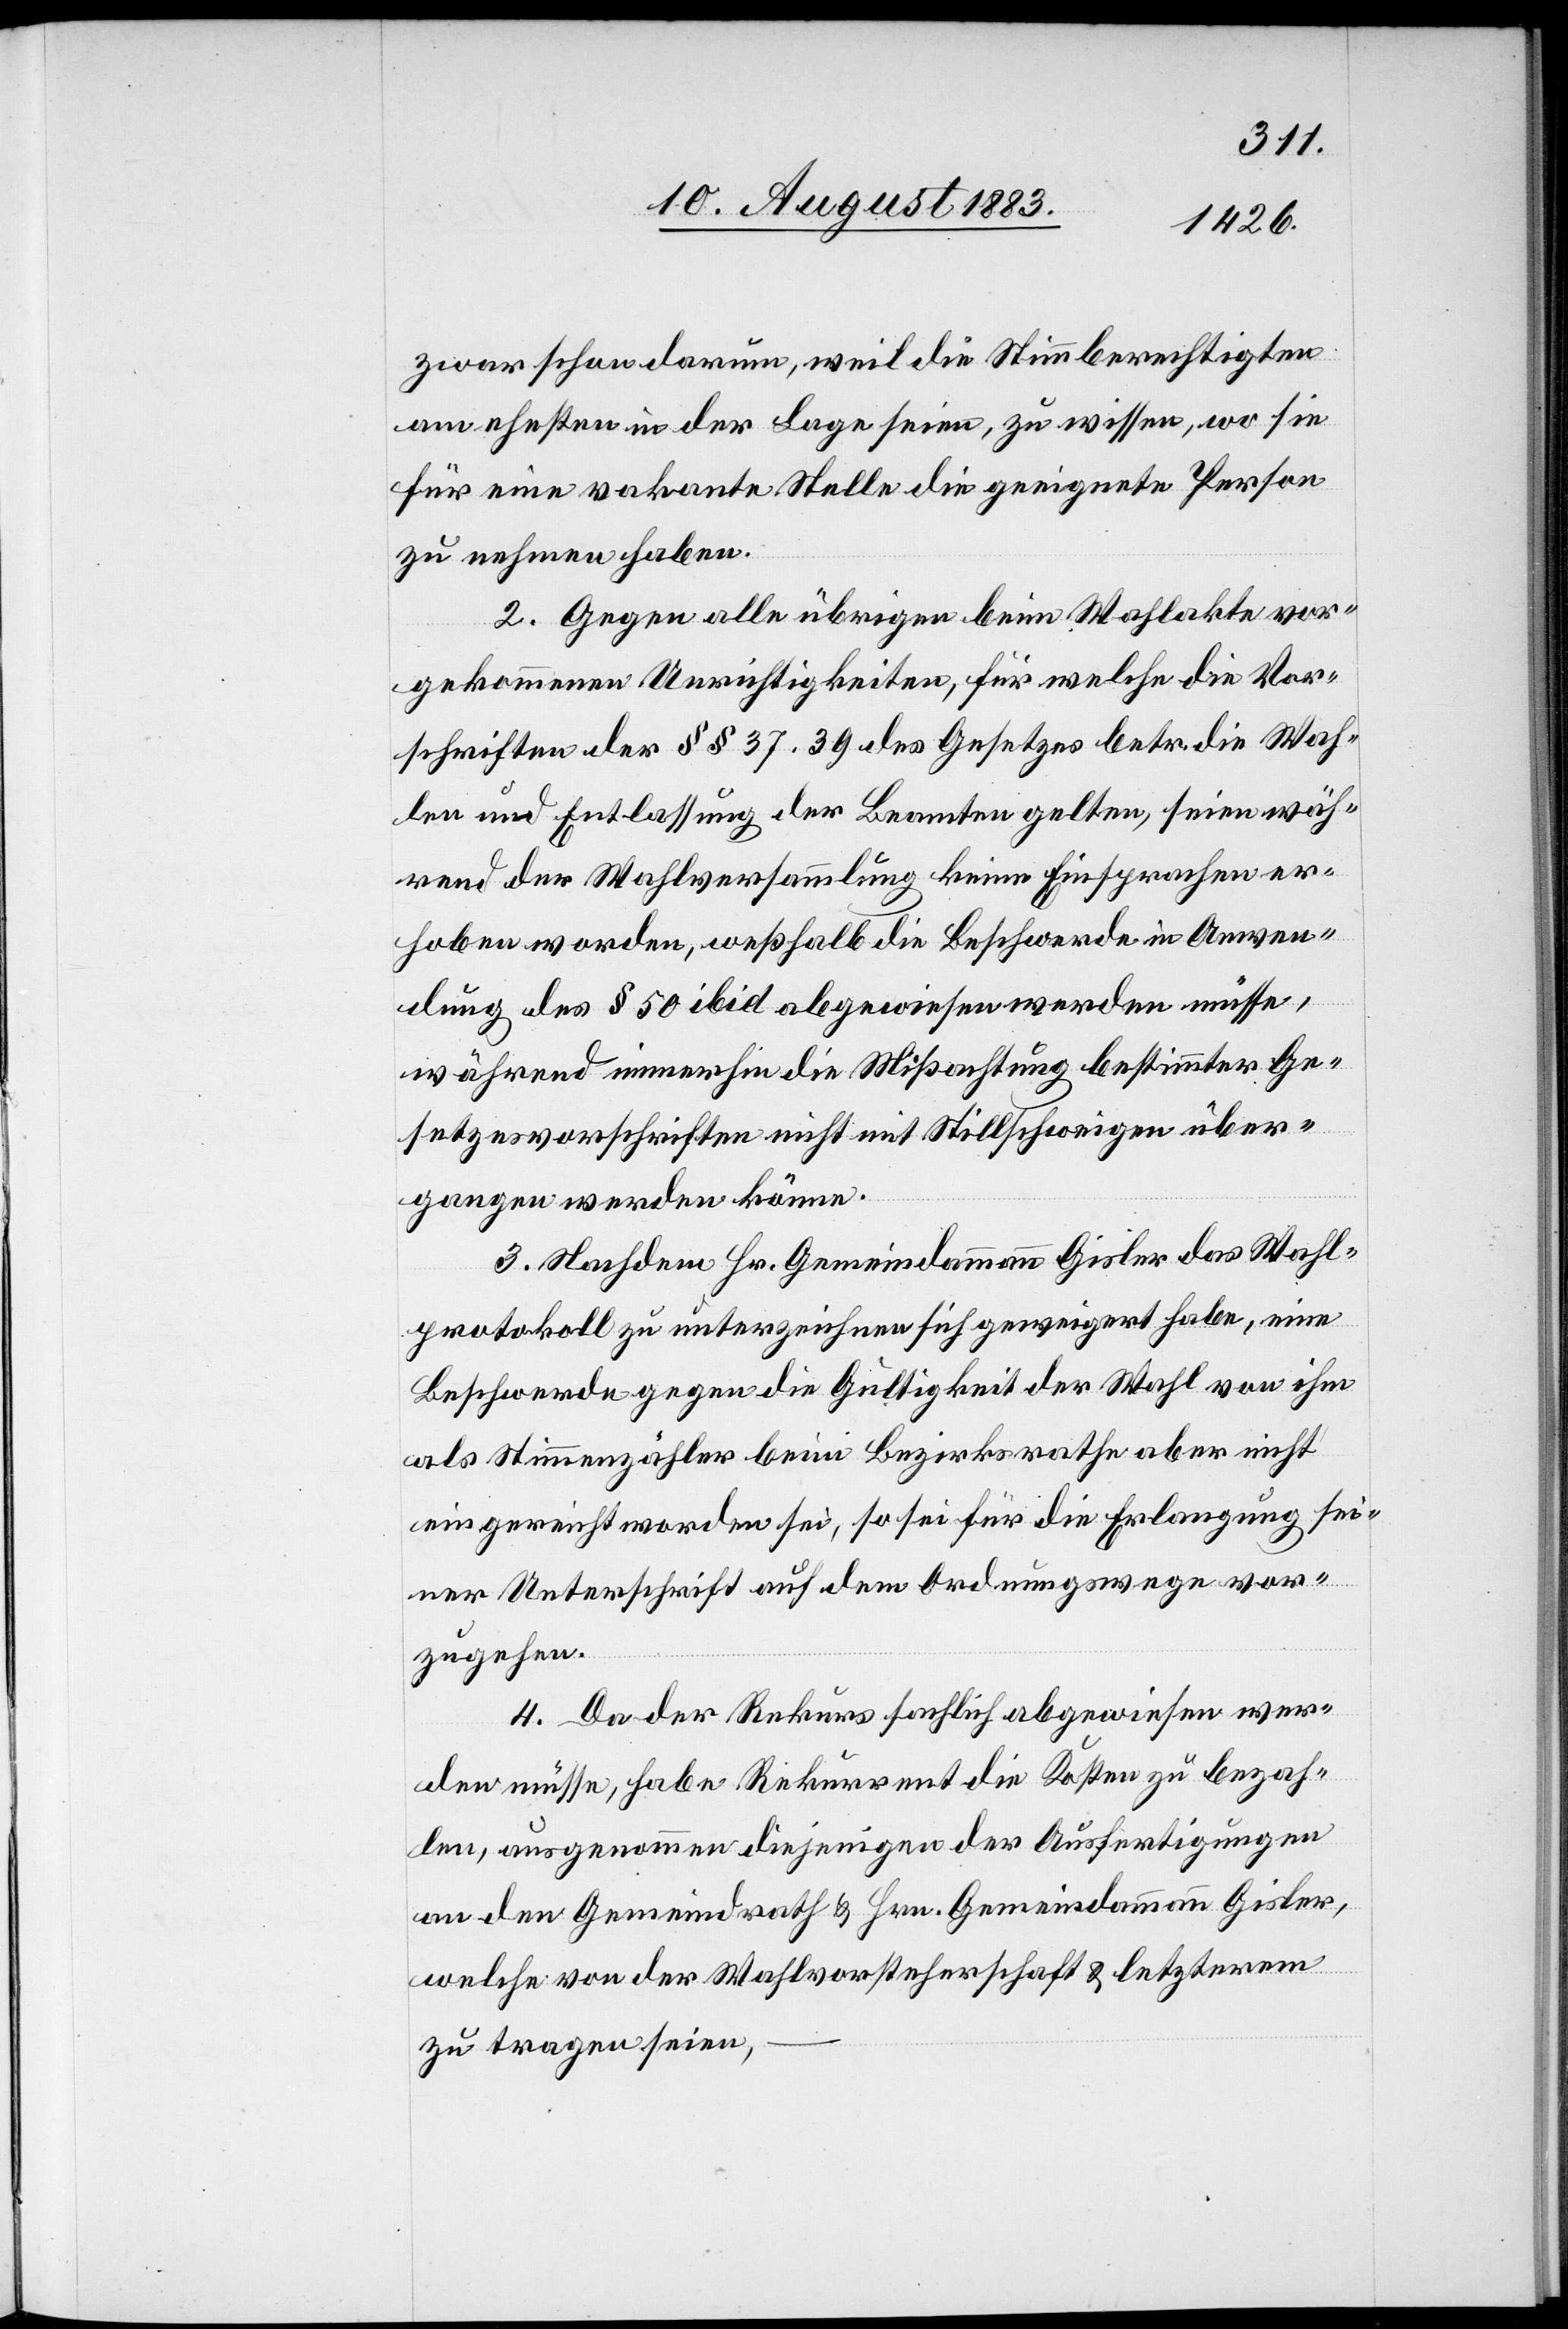
zwar schon darum, weil die Stimmberechtigten
am ehesten in der Lage seien, zu wissen, wo sie
für eine vakante Stelle die geeignete Person
zu nehmen haben.
2. Gegen alle übrigen beim Wahlakte vor¬
gekommenen Unrichtigkeiten, für welche die Vor¬
schriften der §§ 37, 39 des Gesetzes betr. die Wah¬
len und Entlassung der Beamten gelten, seien wäh¬
rend der Wahlversammlung keine Einsprachen er¬
hoben worden, weßhalb die Beschwerde in Anwen¬
dung des § 50 ibid abgewiesen werden müsse,
während immerhin die Mißachtung bestimmter Ge¬
setzesvorschriften nicht mit Stillschweigen über¬
gangen werden könne.
3. Nachdem Hr. Gemeindammann Gisler das Wahl¬
protokoll zu unterzeichnen sich geweigert habe, eine
Beschwerde gegen die Gültigkeit der Wahl von ihm
als Stimmenzähler beim Bezirksrathe aber nicht
eingereicht worden sei, so sei für die Erlangung sei¬
ner Unterschrift auf dem Ordnungswege vor¬
zugehen.
4. Da der Rekurs sachlich abgewiesen wer¬
den müsse, habe Rekurrent die Kosten zu bezah¬
len, ausgenommen diejenigen der Ausfertigungen
an den Gemeindrath & Hrn. Gemeindammann Gisler,
welche von der Wahlvorsteherschaft & letzterem
zu tragen seien,